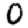
Digit: 0